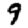
Digit: 9